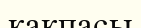
қақпасы